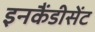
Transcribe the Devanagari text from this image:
इनकैंडीसेंट